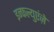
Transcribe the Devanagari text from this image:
इन्फल्युएंज़े